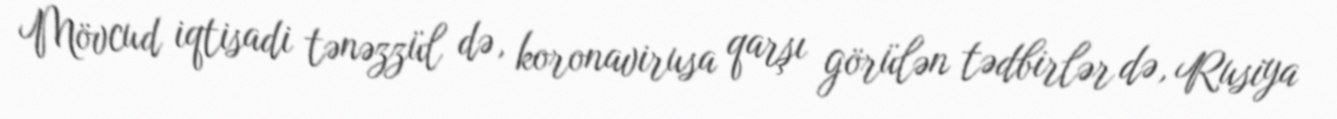
Mövcud iqtisadi tənəzzül də, koronavirusa qarşı görülən tədbirlər də, Rusiya